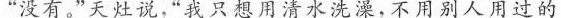
“没有。”天灶说，“我只想用清水洗澡，不用别人用过的